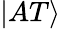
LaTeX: \left|AT\right\rangle